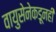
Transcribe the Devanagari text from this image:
वायुसेनेकडूनही